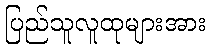
ပြည်သူလူထုများအား